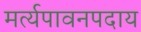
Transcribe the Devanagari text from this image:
मर्त्यपावनपदाय